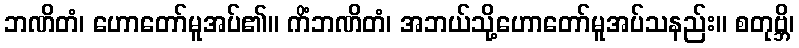
ဘဏိတံ၊ ဟောတော်မူအပ်၏။ ကိံဘဏိတံ၊ အဘယ်သို့ဟောတော်မူအပ်သနည်း။ စတုဗ္ဘိ၊